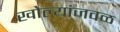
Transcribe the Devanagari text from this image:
खोल्यांजवळ